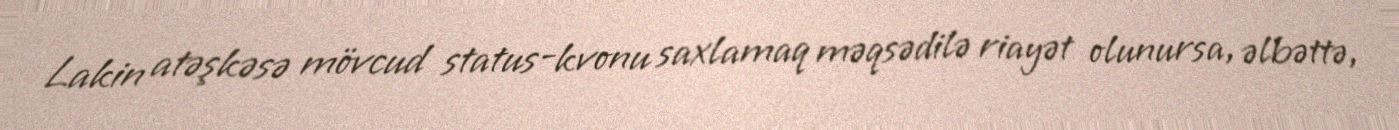
Lakin atəşkəsə mövcud status-kvonu saxlamaq məqsədilə riayət olunursa, əlbəttə,